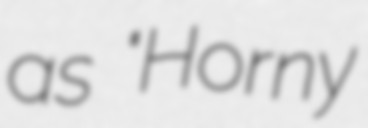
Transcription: as "Horny